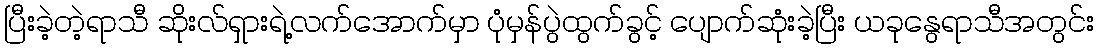
ပြီးခဲ့တဲ့ရာသီ ဆိုးလ်ရှားရဲ့လက်အောက်မှာ ပုံမှန်ပွဲထွက်ခွင့် ပျောက်ဆုံးခဲ့ပြီး ယခုနွေရာသီအတွင်း